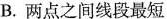
B.两点之间线段最短